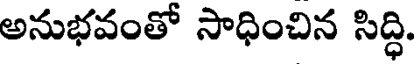
అనుభవంతో సాధించిన సిద్ధి.